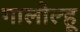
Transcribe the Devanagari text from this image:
गालोल्हू